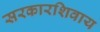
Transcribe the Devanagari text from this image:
सरकारशिवाय